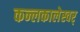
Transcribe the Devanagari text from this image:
कन्लकालेस्वर्